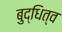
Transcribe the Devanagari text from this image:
बुद्धित्व